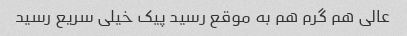
عالی هم گرم هم به موقع رسید پیک خیلی سریع رسید